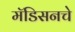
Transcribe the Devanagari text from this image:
मॅडिसनचे